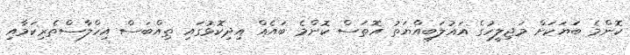
ކޮންމެ ބަޔަކަށް މަޖިލީހުގެ އަޣުލަބިއްޔަތު އޮތަސް ކޮންމެ ބައެއް އިދިކޮޅުގައި ތިއްބަސް އިހްލާސްތެރިކަމާއި